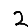
Digit: 2